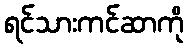
ရင်သားကင်ဆာကို